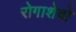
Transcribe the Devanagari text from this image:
रोगाशेवो